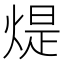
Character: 煶